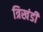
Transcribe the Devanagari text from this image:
त्रिखंडी